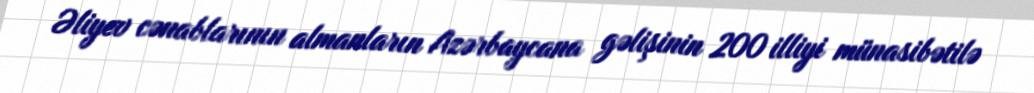
Əliyev cənablarının almanların Azərbaycana gəlişinin 200 illiyi münasibətilə